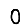
Digit: 0